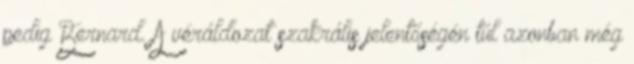
pedig Bernard. A véráldozat szakrális jelentőségén túl azonban még